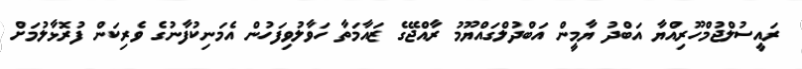
ރައީސުލްޖުމްހޫރިއްޔާ އަބްދު ޔާމީން އަބްދުލްގައްޔޫމު ރާއްޖޭގެ ޒައާމަތާ ހަވާލުވިފަހުން އެމަނިކުފާނުގެ ވެރިކަން ފުރޮޅާލުމަށް